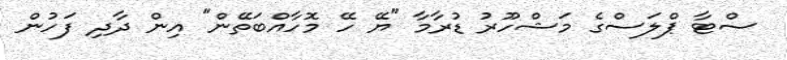
ސްޓާ ޕްލަސްގެ މަޝްހޫރު ޑުރާމާ "ޔޭ ހޭ މޮހާއްބަތޭން" އިން ދާދި ފަހުން